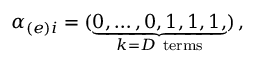
\alpha _ { ( e ) i } = ( \underbrace { 0 , \dots , 0 , 1 , 1 , 1 , } _ { k = D \mathrm { ~ t e r m s } } ) \, ,